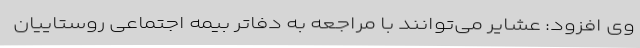
وی افزود: عشایر می‌توانند با مراجعه به دفاتر بیمه اجتماعی روستاییان